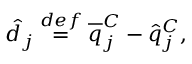
\hat { d } _ { j } \overset { d e f } { = } \overline { { q } } _ { j } ^ { C } - \hat { q } _ { j } ^ { C } ,